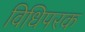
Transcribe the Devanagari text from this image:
विधिपरक